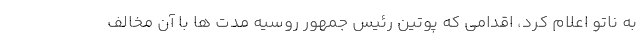
به ناتو اعلام کرد، اقدامی که پوتین رئیس جمهور روسیه مدت ها با آن مخالف